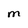
Character: M